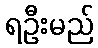
ရဦးမည်